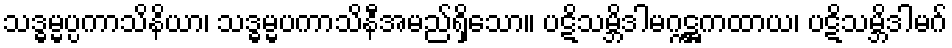
သဒ္ဓမ္မပ္ပကာသိနိယာ၊ သဒ္ဓမ္မပကာသိနီအမည်ရှိသော။ ပဋိသမ္ဘိဒါမဂ္ဂဋ္ဌကထာယ၊ ပဋိသမ္ဘိဒါမဂ်